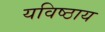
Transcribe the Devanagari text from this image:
यविष्ठाय